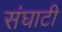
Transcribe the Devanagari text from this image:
संघाटी